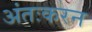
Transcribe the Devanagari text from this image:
अंतःकरन